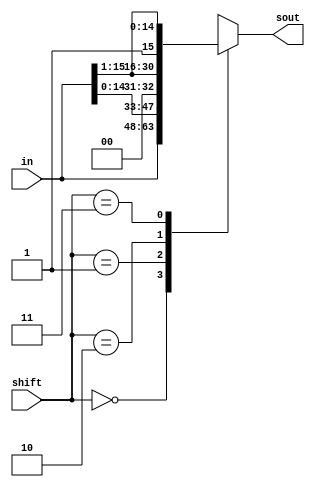
module shifter(in, shift, sout); // shifter module, modifies input from register B/loadb input depending on shift value (00, 01, 10, or 11)
input [15:0] in; // input value
input [1:0] shift; // operation selection
output reg [15:0] sout; // output

parameter k = 16; // width parameter

always @(*)begin // primary module logic, selects 'sout' based on shift value
 case (shift) // selects 'sout' based on shift value
  2'b00: sout = in; // no changes to input
  2'b01: sout = {in[15:0],1'b0}; // shifts left 1 bit (LSB = 0)
  2'b10: sout = {1'b0,in[15:1]}; // shifts right 1 bit (MSB = 0)
  2'b11: sout = {1'b1,in[15:1]}; // shifts right 1 bit (MSB = in[15])
  default: sout = {k{1'bx}}; // default value to avoid latches
 endcase
end
endmodule